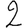
Digit: 2